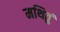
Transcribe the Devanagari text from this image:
मथितुं